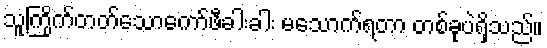
သူကြိုက်တတ်သောကော်ဖီခါးခါး မသောက်ရတာ တစ်ခုပဲရှိသည်။